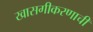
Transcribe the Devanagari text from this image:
खासगीकरणाची